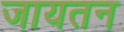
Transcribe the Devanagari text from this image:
जायतन